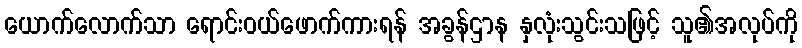
ယောက်လောက်သာ ရောင်းဝယ်ဖောက်ကားရန် အခွန်ဌာန နှလုံးသွင်းသဖြင့် သူ၏အလုပ်ကို